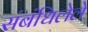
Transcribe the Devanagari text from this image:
संबंधिलेले